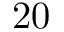
2 0